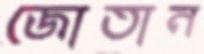
জোতান